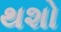
થશો